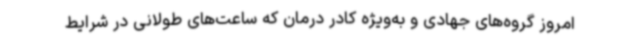
امروز گروه‌های جهادی و به‌ویژه کادر درمان که ساعت‌های طولانی در شرایط